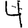
Digit: 4